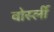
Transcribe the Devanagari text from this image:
वोर्स्ली